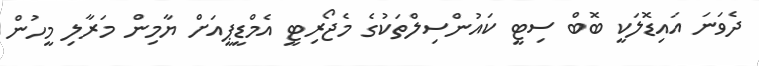
ދެވަނަ އައިޑޮލަކީ ބޮބް ސިޓީ ކައުންސިލްތަކުގެ މެޖޯރިޓީ އެމްޑީޕީއަށް ޔާމިން މަރާލި މީހުން